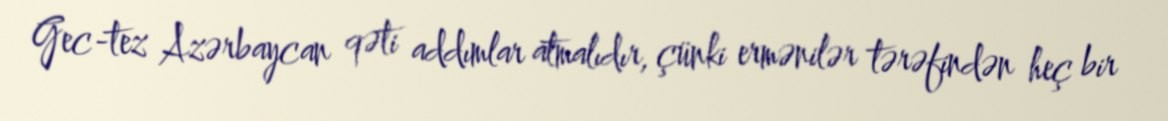
Gec-tez Azərbaycan qəti addımlar atmalıdır, çünki ermənilər tərəfindən heç bir